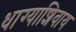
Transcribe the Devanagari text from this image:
धाग्याशिवाय